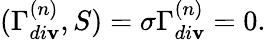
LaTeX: (\Gamma_{di\mathbf{v}}^{(n)},S)=\sigma\Gamma_{di\mathbf{v}}^{(n)}=0.